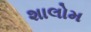
શાલોમ